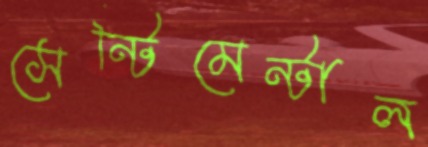
সেন্টিমেন্টাল